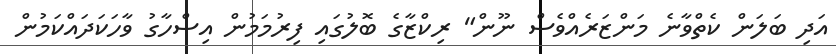
އަދި ބަލަން ކެތްވާނެ މަންޒަރެއްވެސް ނޫން" ރިކްޒާގެ ބޮލުގައި ފިރުމަމުން އިސްހާގު ވާހަކަދައްކަމުން